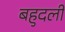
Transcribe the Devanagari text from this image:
बहुदली